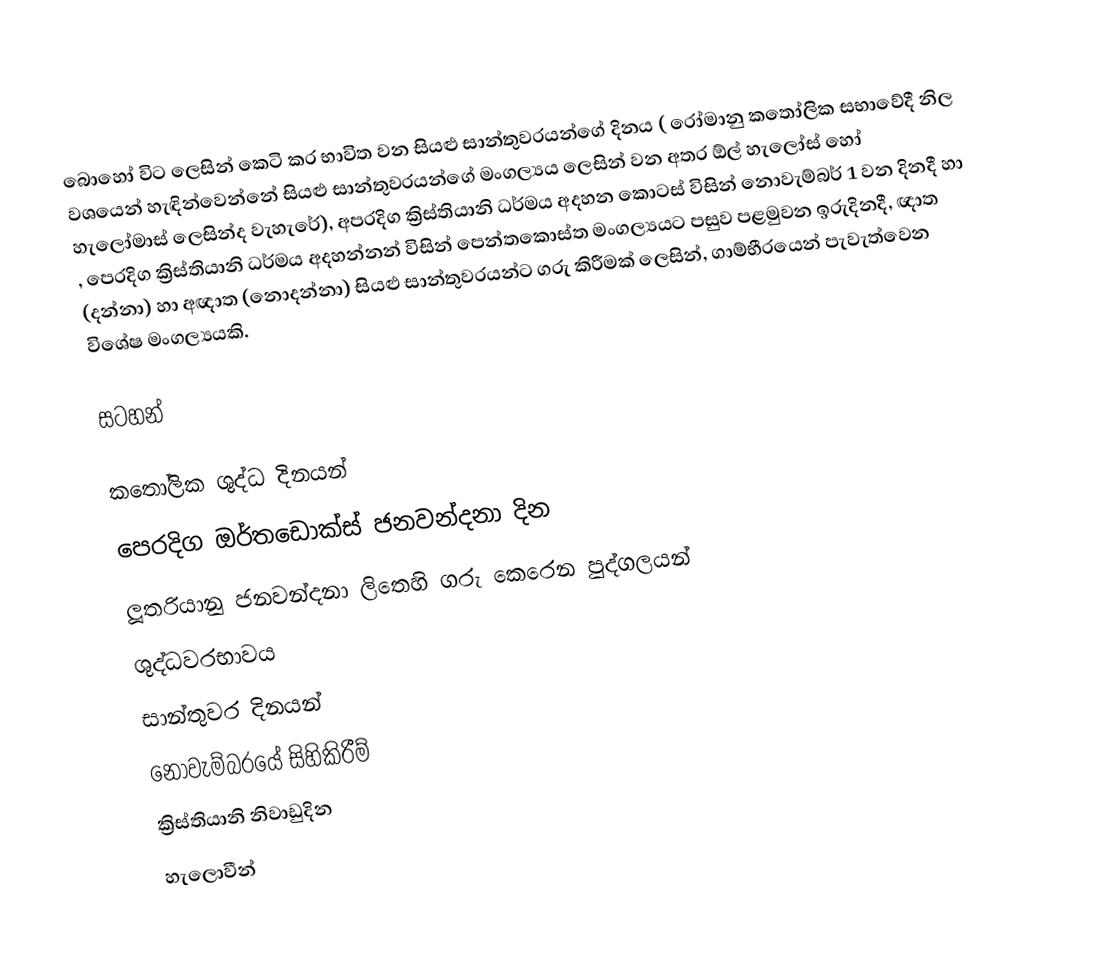
බොහෝ විට  ලෙසින් කෙටි කර භාවිත වන  සියළු සාන්තුවරයන්ගේ දිනය ( රෝමානු කතෝලික සභාවේදී නිල වශයෙන් හැඳින්වෙන්නේ සියළු සාන්තුවරයන්ගේ මංගල්‍යය ලෙසින් වන අතර ඕල් හැලෝස් හෝ හැලෝමාස් ලෙසින්ද වැහැරේ),  අපරදිග ක්‍රිස්තියානි ධර්මය අදහන කොටස් විසින් නොවැම්බර් 1 වන දිනදී හා , පෙරදිග ක්‍රිස්තියානි ධර්මය අදහන්නන් විසින් පෙන්තකොස්ත මංගල්‍යයට පසුව පළමුවන ඉරුදිනදී, ඥාත (දන්නා) හා අඥාත (නොදන්නා) සියළු  සාන්තුවරයන්ට ගරු කිරීමක් ලෙසින්, ගාම්භීරයෙන් පැවැත්වෙන  විශේෂ මංගල්‍යයකි.

සටහන්

කතෝලික ශුද්ධ දිනයන්
පෙරදිග ඔර්තඩොක්ස් ජනවන්දනා දින
ලූතරියානු ජනවන්දනා ලිතෙහි ගරු කෙරෙන පුද්ගලයන්
ශුද්ධවරභාවය
සාන්තුවර දිනයන්
නොවැම්බරයේ සිහිකිරීම්
ක්‍රිස්තියානි නිවාඩුදින
හැලොවීන්